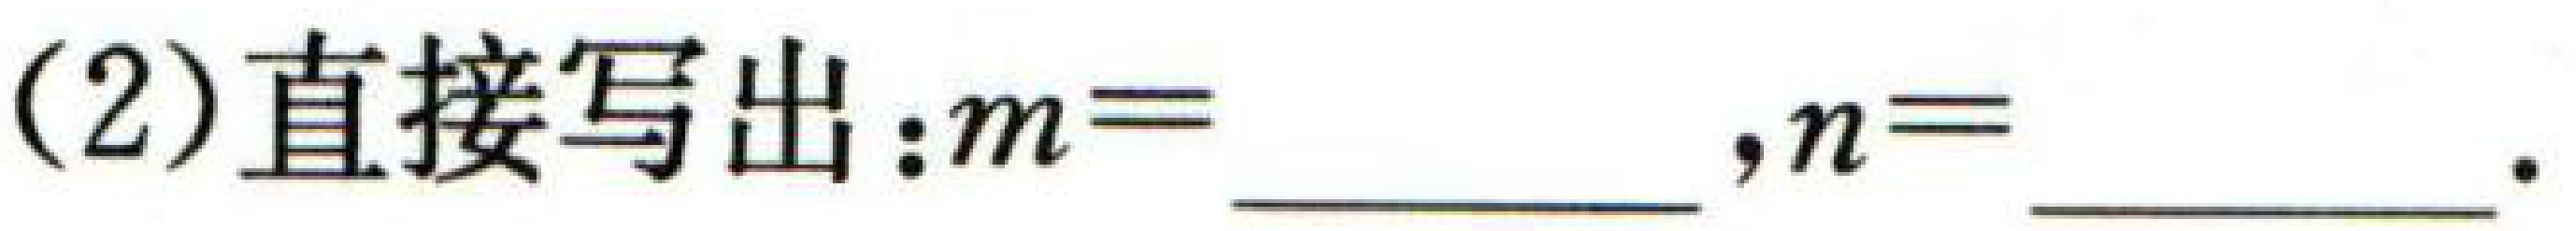
(2)直接写出：\(m = \underline{\qquad},n = \underline{\qquad}\).